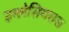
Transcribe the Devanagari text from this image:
इग्लेसियसस